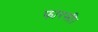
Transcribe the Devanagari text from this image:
फारसी।